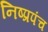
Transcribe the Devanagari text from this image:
निष्प्रपंच